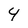
Character: 4